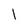
Character: 1